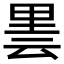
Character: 𮡒